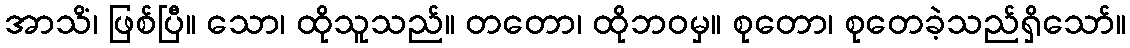
အာသိံ၊ ဖြစ်ပြီ။ သော၊ ထိုသူသည်။ တတော၊ ထိုဘဝမှ။ စုတော၊ စုတေခဲ့သည်ရှိသော်။